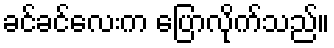
ခင်ခင်လေးက ပြောလိုက်သည်။